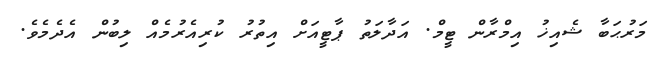
މަރުޙަބާ ޝެއިޚު އިމްރާން ޓީމް. އަދާލަތު ޕާޓީއަށް އިތުރު ކުރިއެރުމެއް ލިބުން އެދެމެވެ.